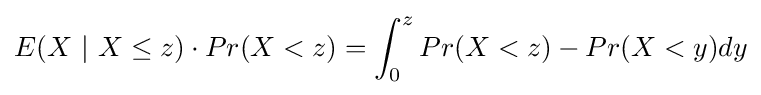
E(X~|~X\leq z)\cdot Pr(X<z)=\int _{0}^{z}Pr(X<z)-Pr(X<y)dy